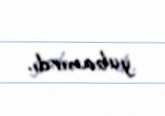
yubanırdı.